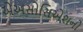
એઅસોસિએશનો